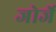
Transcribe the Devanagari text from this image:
जोर्जे